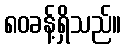
၈၀ခန့်ရှိသည်။